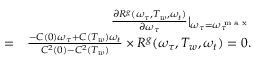
\begin{array} { r l r } & { } & { \frac { \partial R ^ { g } ( \omega _ { \tau } , T _ { w } , \omega _ { t } ) } { \partial \omega _ { \tau } } | _ { \omega _ { \tau } = \omega _ { \tau } ^ { \textrm { m a x } } } } \\ & { = } & { \frac { - C ( 0 ) \omega _ { \tau } + C ( T _ { w } ) \omega _ { t } } { C ^ { 2 } ( 0 ) - C ^ { 2 } ( T _ { w } ) } \times R ^ { g } ( \omega _ { \tau } , T _ { w } , \omega _ { t } ) = 0 . } \end{array}